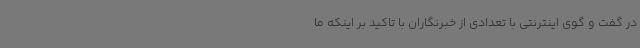
در گفت و گوی اینترنتی با تعدادی از خبرنگاران با تاکید بر اینکه ما